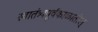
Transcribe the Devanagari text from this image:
स्वातंत्र्यपूर्वकाळातील्